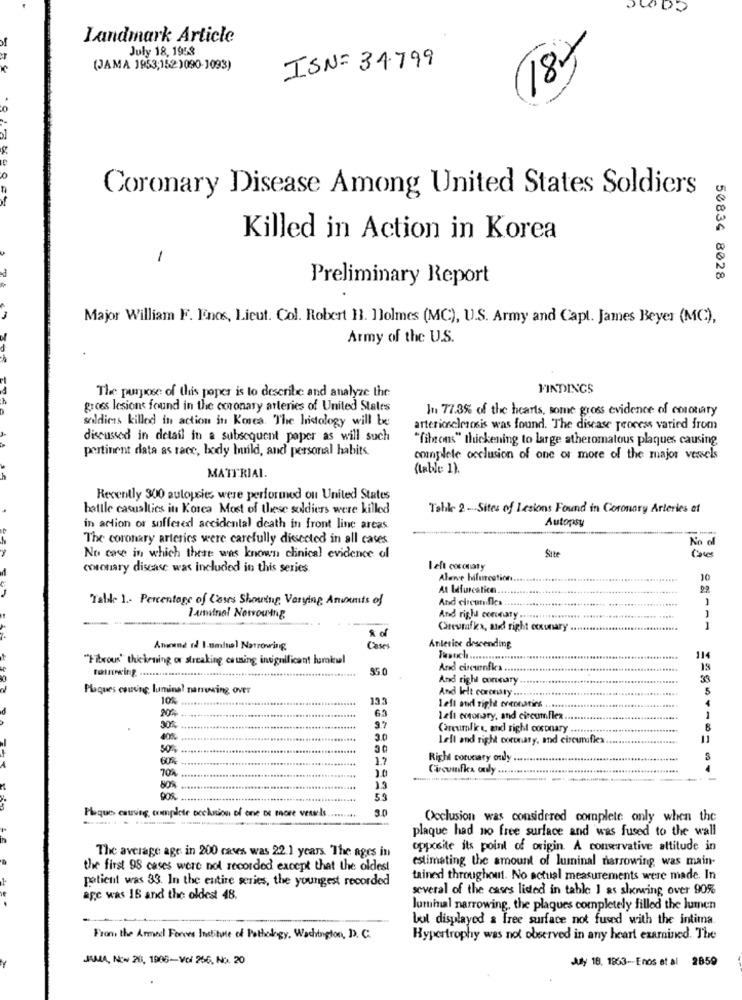
Landmark Article
July 18, 1958
184
(JAMA 1953,152)090-1093)
ISN= 34799
Coronary Disease Among United States Soldiers
Killed in Action in Korea
-
Preliminary Report
50834 8028
Major William F. Enos, Lieut. Col. Robert 11. Holmes (MC), U.S. Army and Capt. James Beyer (MC),
Army of the U.S.
The purpose of this paper is to describe and analyze the
FINDINGS
groes lesions found in the coronary arteries of United States
In 77.3% of the hearts, some gross evidence of coronary
soldiers killed in action in Korea. The histology will be
arteriosclerosis was found. The disease process varied from
discussed in detail in a subsequent paper as will such
"fibons" thickening to large atheromatous plaques causing
pertinent data as race, body Inunld, and personal habits.
complete occlusion of one or more of the major vessels
(table 1).
MATERIAL.
Recently 300 autopsies were performed on United States
battle casualties in Korea Most of these soldiers were killed
Tohle 2 -.- Sites of Lesions Found in Coronary Arteries at
in action or suffered accidental death in front line areas
Autopsy
The coronary arteries were carefully dissected in all cases
No al
Site
No case in which there was known clinical evidence of
coronary discase was included in this series.
left coscary
Alive bifurcation.
10
At Uforcalice.
Table 1 .- Percentage of Cases Showing, Varying Anumts of
1
lantnol Nosrowing
And right coronary ..
Careurafka, and right coxunary
À of
Amorne ol I amhol Narrowing
Cases
Anterior descending
"Fibrous' thickening or streaking, causing insignificant luminal
Busuch ...
114
ratnewcing. ...........
And circumnfks
19
And right coronary
Plaques csuving luminal narrowing Over
And lelt coronary ...
10%
13.3
4
20%
63
left and right eneonatirs ......
left coronary, and circumFlex.
1
30%
9.2
Careumlk , and right coconary ...
3.0
Left and right coronary, and circumfies
50%
60%
Right corunary only ..
704
Circumflex only .
90%
5.3
Plaque causing, complete occlusion of one or more vessels ..
3.0
Occlusion was considered complete only when the
plaque had no free surface and was fused to the wall
The average age in 200 cases was 22.1 years. The ages in
opposite its point of origin. A conservative attitude in
estimating the amount of luminal narrowing was main-
the first 98 cases were not recorded except that the oldest
patient was 33. In the entire series, the youngest recorded
tained throughout. No actual measurements were made. In
several of the cases listed in table ] as slowing over 90%
age was 16 and the oldest 48.
Jummal narrowing, the plaques completely filled the lumen
bol displayed & free surface not fused with the intima.
From the Armed Forces Institute of Pathology, Washington, D. C.
Hypertrophy was not observed in any heart examined. The
JAMA, Now 20, 1906-Vol 256, No. 20
Adly 18. 1863 --- Enos et al 2859